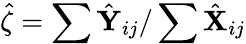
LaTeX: \hat{\zeta}=\sum\hat{\mathbf Y}_{ij}/\sum\hat{\mathbf X}_{ij}